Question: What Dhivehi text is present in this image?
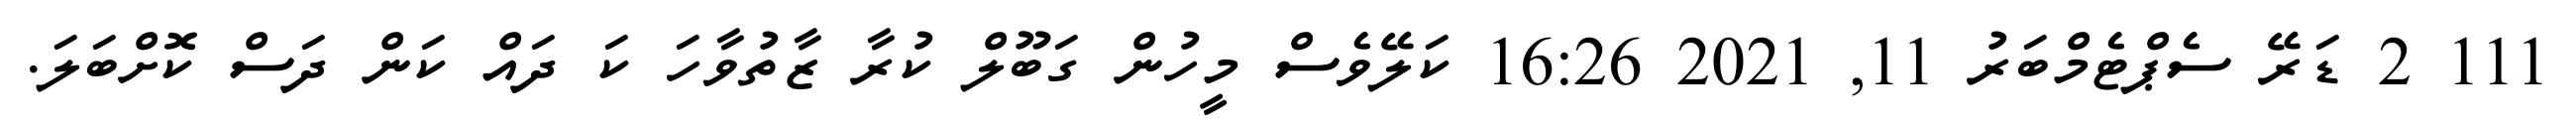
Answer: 111 2 ޑަރޭ ސެޕްޓެމްބަރު 11, 2021 16:26 ކަލޭވެސް މީހުން ގަބޫލް ކުރާ ޒާތުވާހަ ކަ ދައް ކަން ދަސް ކޮށްބަލަ.